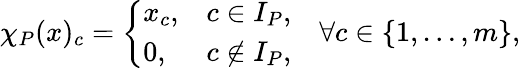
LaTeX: \chi_{P}(x)_{c}=\left\{ \begin{array}{ll}{x_{c},}&{c\in I_{P},}\\ {0,}&{c\not\in I_{P},}\end{array}\right.\quad\forall c\in\{ 1,\ldots,m\} ,